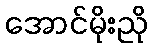
အောင်မိုးညို